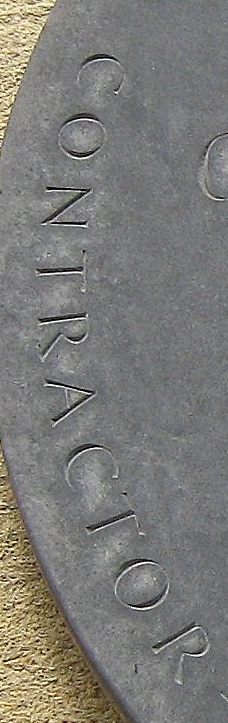
CONTRACTOR